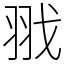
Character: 𦐂